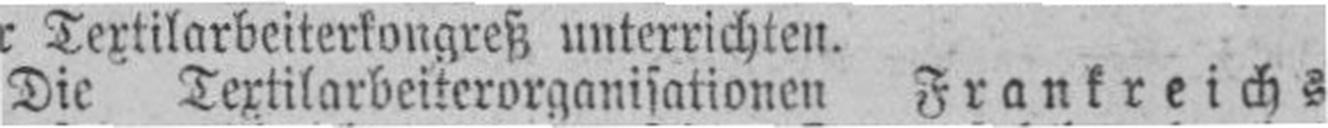
Die Textilarbeiterorganisationen Frankreichs